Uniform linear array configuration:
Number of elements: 12
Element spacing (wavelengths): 0.25
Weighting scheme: cosine
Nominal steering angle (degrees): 30
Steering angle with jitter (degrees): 31.082
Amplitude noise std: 0.05
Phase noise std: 0.05

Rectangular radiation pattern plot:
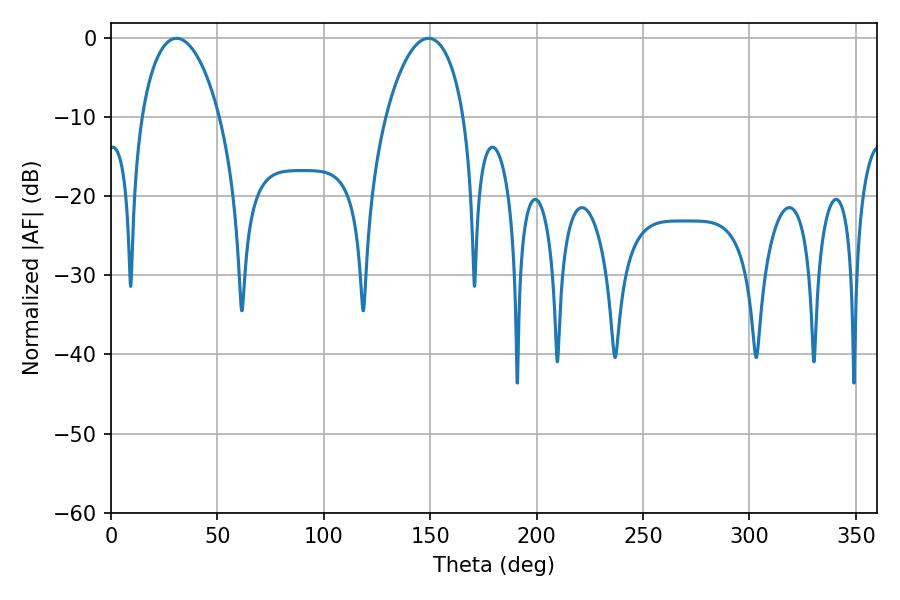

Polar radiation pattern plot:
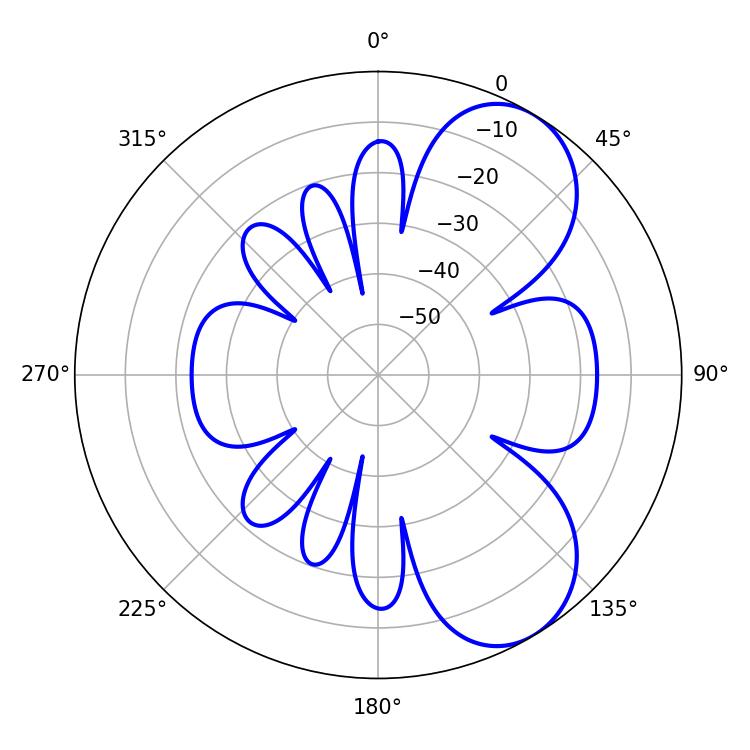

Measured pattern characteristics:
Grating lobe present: FALSE
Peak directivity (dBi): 6.926
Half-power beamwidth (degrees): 20.88
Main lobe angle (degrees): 30.78